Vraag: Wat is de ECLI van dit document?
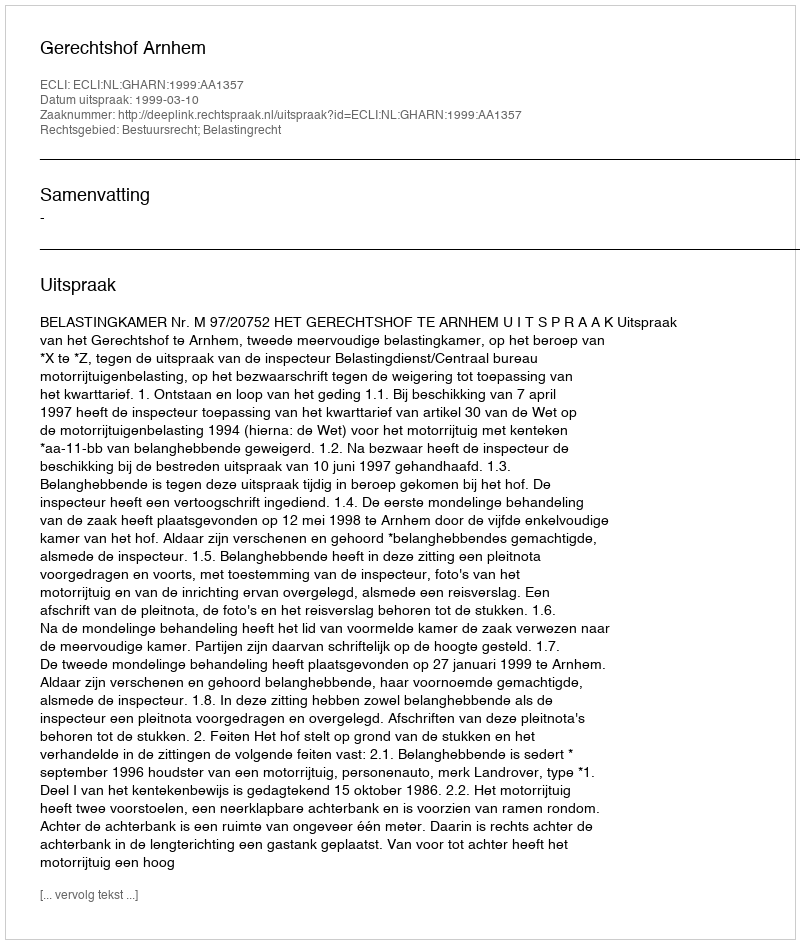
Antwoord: ECLI:NL:GHARN:1999:AA1357